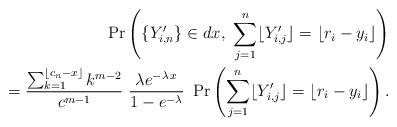
LaTeX: \begin{align*}\Pr\left( \{Y_{i,n}'\} \in dx,\ \sum_{j=1}^n \lfloor Y_{i,j}' \rfloor = \lfloor r_i - y_i\rfloor\right) & \\ = \frac{\sum_{k=1}^{\lfloor c_n-x\rfloor } k^{m-2}}{c^{m-1}} \ \frac{\lambda e^{-\lambda\, x}}{1-e^{-\lambda}}\ \Pr\left( \sum_{j=1}^n \lfloor Y_{i,j}' \rfloor = \lfloor r_i - y_i\rfloor\right).&\end{align*}